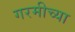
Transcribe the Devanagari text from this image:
गरमीच्या